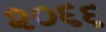
૨૦૬૬